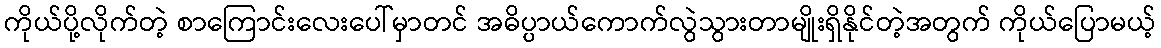
ကိုယ်ပို့လိုက်တဲ့ စာကြောင်းလေးပေါ်မှာတင် အဓိပ္ပာယ်ကောက်လွဲသွားတာမျိုးရှိနိုင်တဲ့အတွက် ကိုယ်ပြောမယ့်